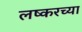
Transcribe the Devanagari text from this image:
लष्करच्या